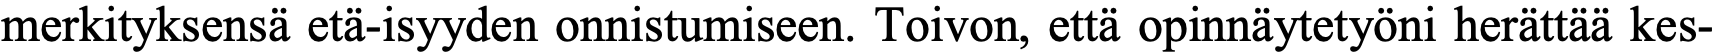
merkityksensä etä-isyyden onnistumiseen. Toivon, että opinnäytetyöni herättää kes-